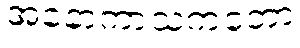
အနောကာသကတော